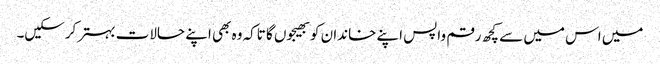
میں اس میں سے کچھ رقم واپس اپنے خاندان کو بھیجوں گا تاکہ وہ بھی اپنے حالات بہتر کرسکیں۔